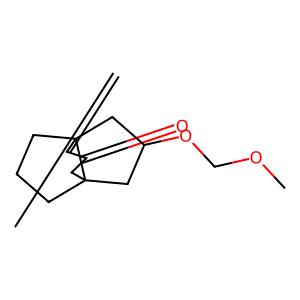
SMILES: C=C1C(=O)CC23CCCC12CC(OCOC)C3
Inhibits HIV replication: No